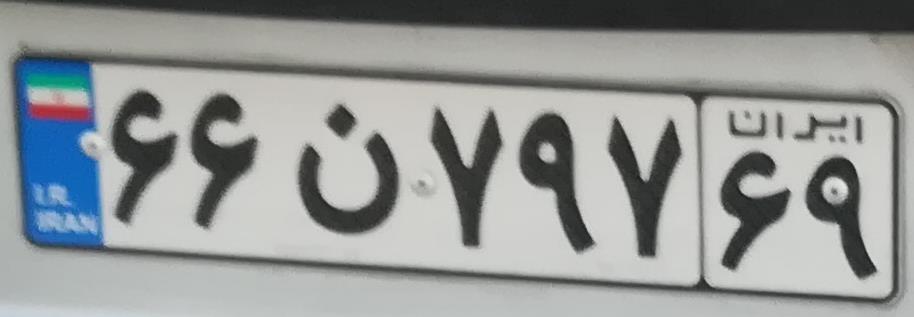
۶۶ن۷۹۷۶۹